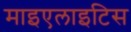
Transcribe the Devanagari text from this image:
माइएलाइटिस